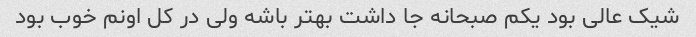
شیک عالی بود یکم صبحانه جا داشت بهتر باشه ولی در کل اونم خوب بود